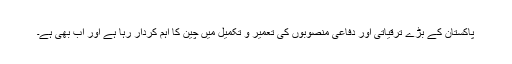
پاکستان کے بڑے ترقیاتی اور دفاعی منصوبوں کی تعمیر و تکمیل میں چین کا اہم کردار رہا ہے اور اب بھی ہے۔